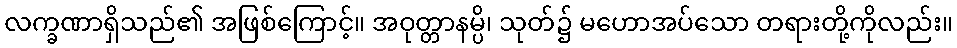
လက္ခဏာရှိသည်၏ အဖြစ်ကြောင့်။ အဝုတ္တာနမ္ပိ၊ သုတ်၌ မဟောအပ်သော တရားတို့ကိုလည်း။